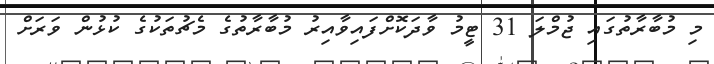
މި މުބާރާތުގައި ޖުމްލަ 31 ޓީމު ވާދަކޮށްފައިވާއިރު މުބާރާތުގެ މެޗުތަކުގެ ކުޅުން ވަރަށް